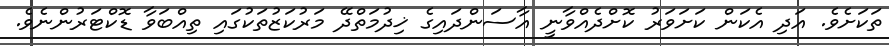
ތަކަށެވެ. އަދި އެކަން ކަށަވަރު ކޮށްދެއްވާނީ އާސަންދައިގެ ޚިދުމަތްދޭ މަރުކަޒުތަކުގައި ތިއްބަވާ ޑޮކްޓަރުންނެވެ.